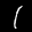
Label: 1